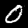
Digit: 0